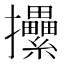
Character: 𢺢